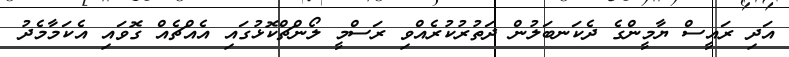
އަދި ރައީސް ޔާމީންގެ ދެކަނބަލުން ދަތުރުކުރެއްވި ރަސްމީ ލޯންޗްކޮޅުގައި އެއްޗެއް ގޮވައި އެކަމާމެދު